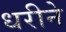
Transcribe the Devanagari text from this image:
धरीने